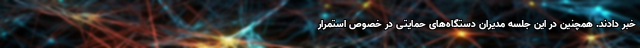
خبر دادند. همچنین در این جلسه مدیران دستگاه‌های حمایتی در خصوص استمرار